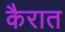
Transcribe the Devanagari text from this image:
कैरात